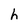
Character: h